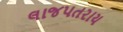
લાજપતરાય